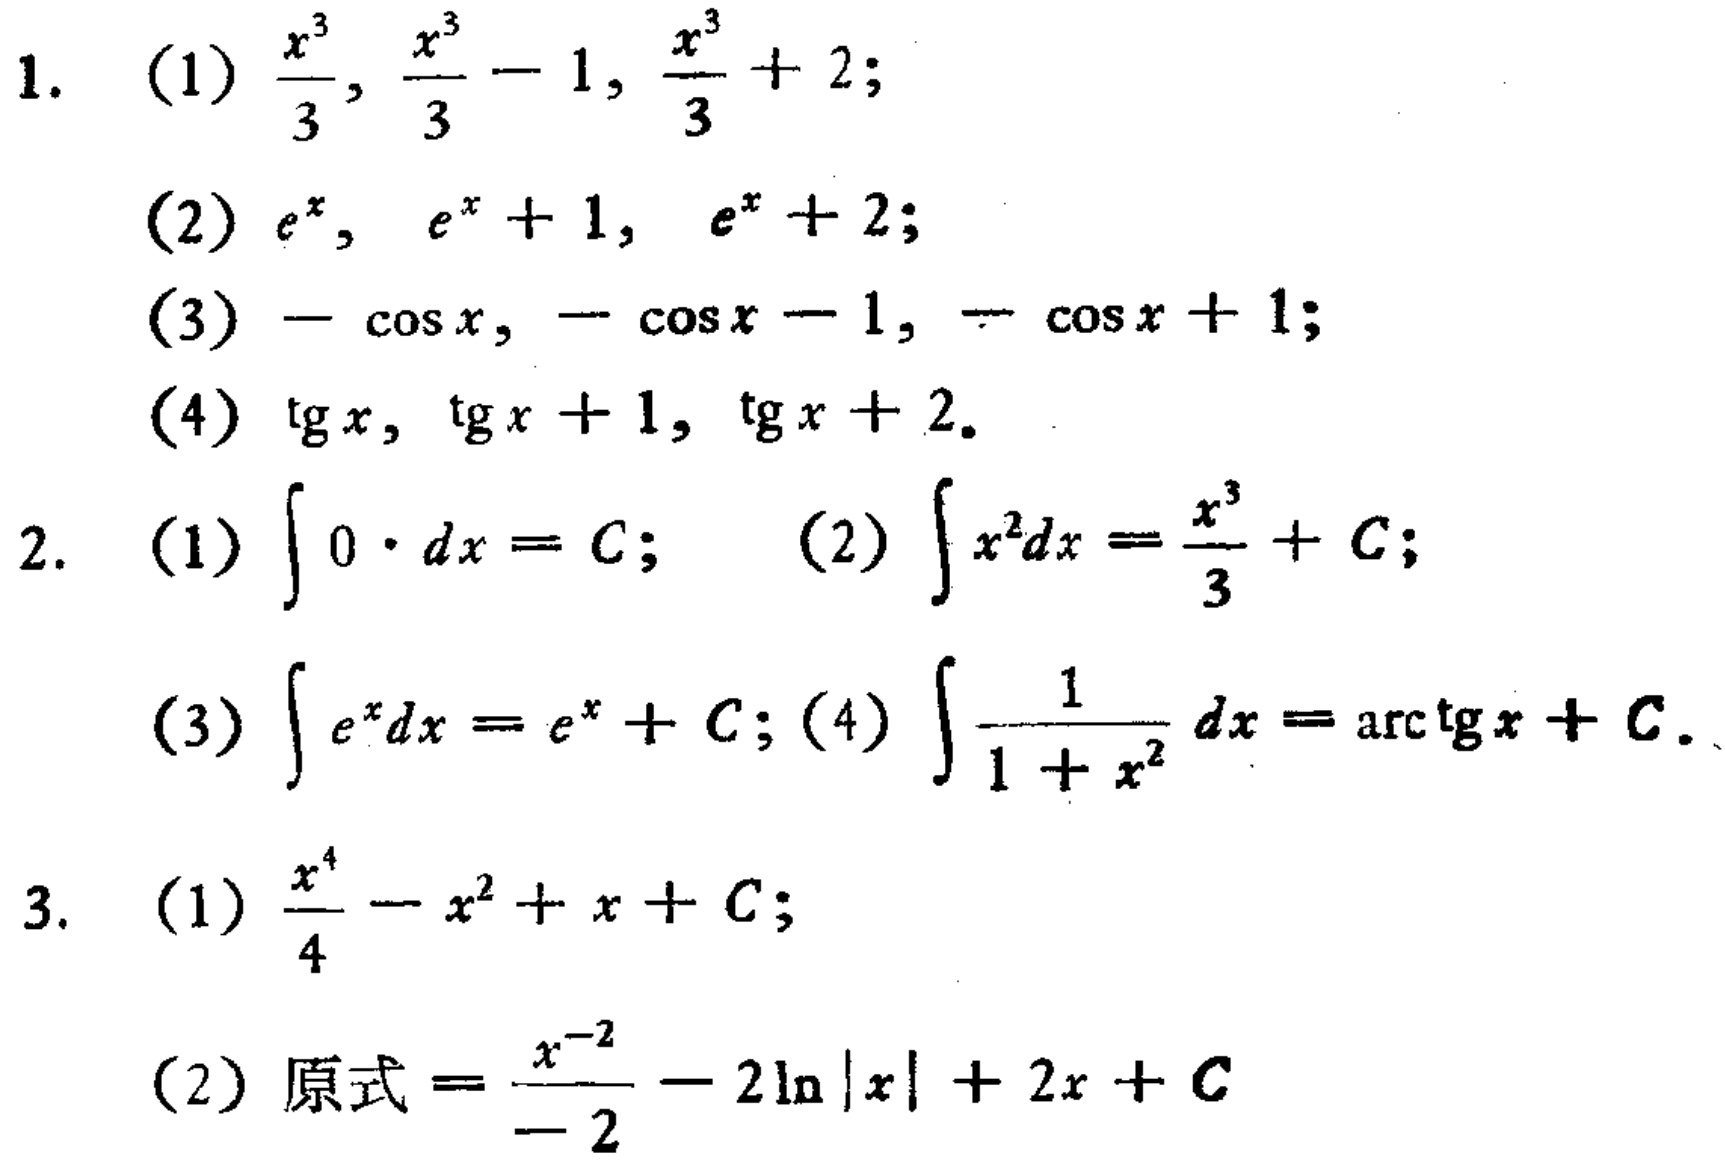
1.
(1) \(\frac{x^{3}}{3},\frac{x^{3}}{3}-1,\frac{x^{3}}{3}+2\);
(2) \(e^{x},e^{x}+1,e^{x}+2\);
(3) \(-\cos x,-\cos x - 1,-\cos x+1\);
(4) \(\tan x,\tan x + 1,\tan x+2\).
2.
(1) \(\int 0\cdot dx = C\); (2) \(\int x^{2}dx=\frac{x^{3}}{3}+C\);
(3) \(\int e^{x}dx=e^{x}+C\); (4) \(\int\frac{1}{1 + x^{2}}dx=\arctan x+C\).
3.
(1) \(\frac{x^{4}}{4}-x^{2}+x + C\);
(2) 原式\(=\frac{x^{-2}}{-2}-2\ln|x|+2x + C\)